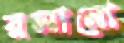
রসানো